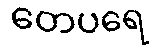
တေပရေ